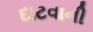
દાટવાની